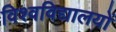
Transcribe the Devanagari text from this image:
विश्‍वविद्यालयों